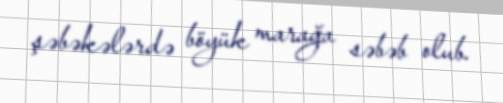
şəbəkələrdə böyük marağa səbəb olub.